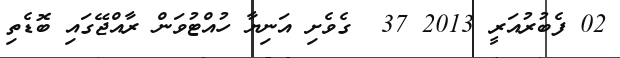
02 ފެބުރުއަރީ 2013 37  ގެވެށި އަނިޔާ ހުއްޓުވަން ރާއްޖޭގައި ބޮޑެތި